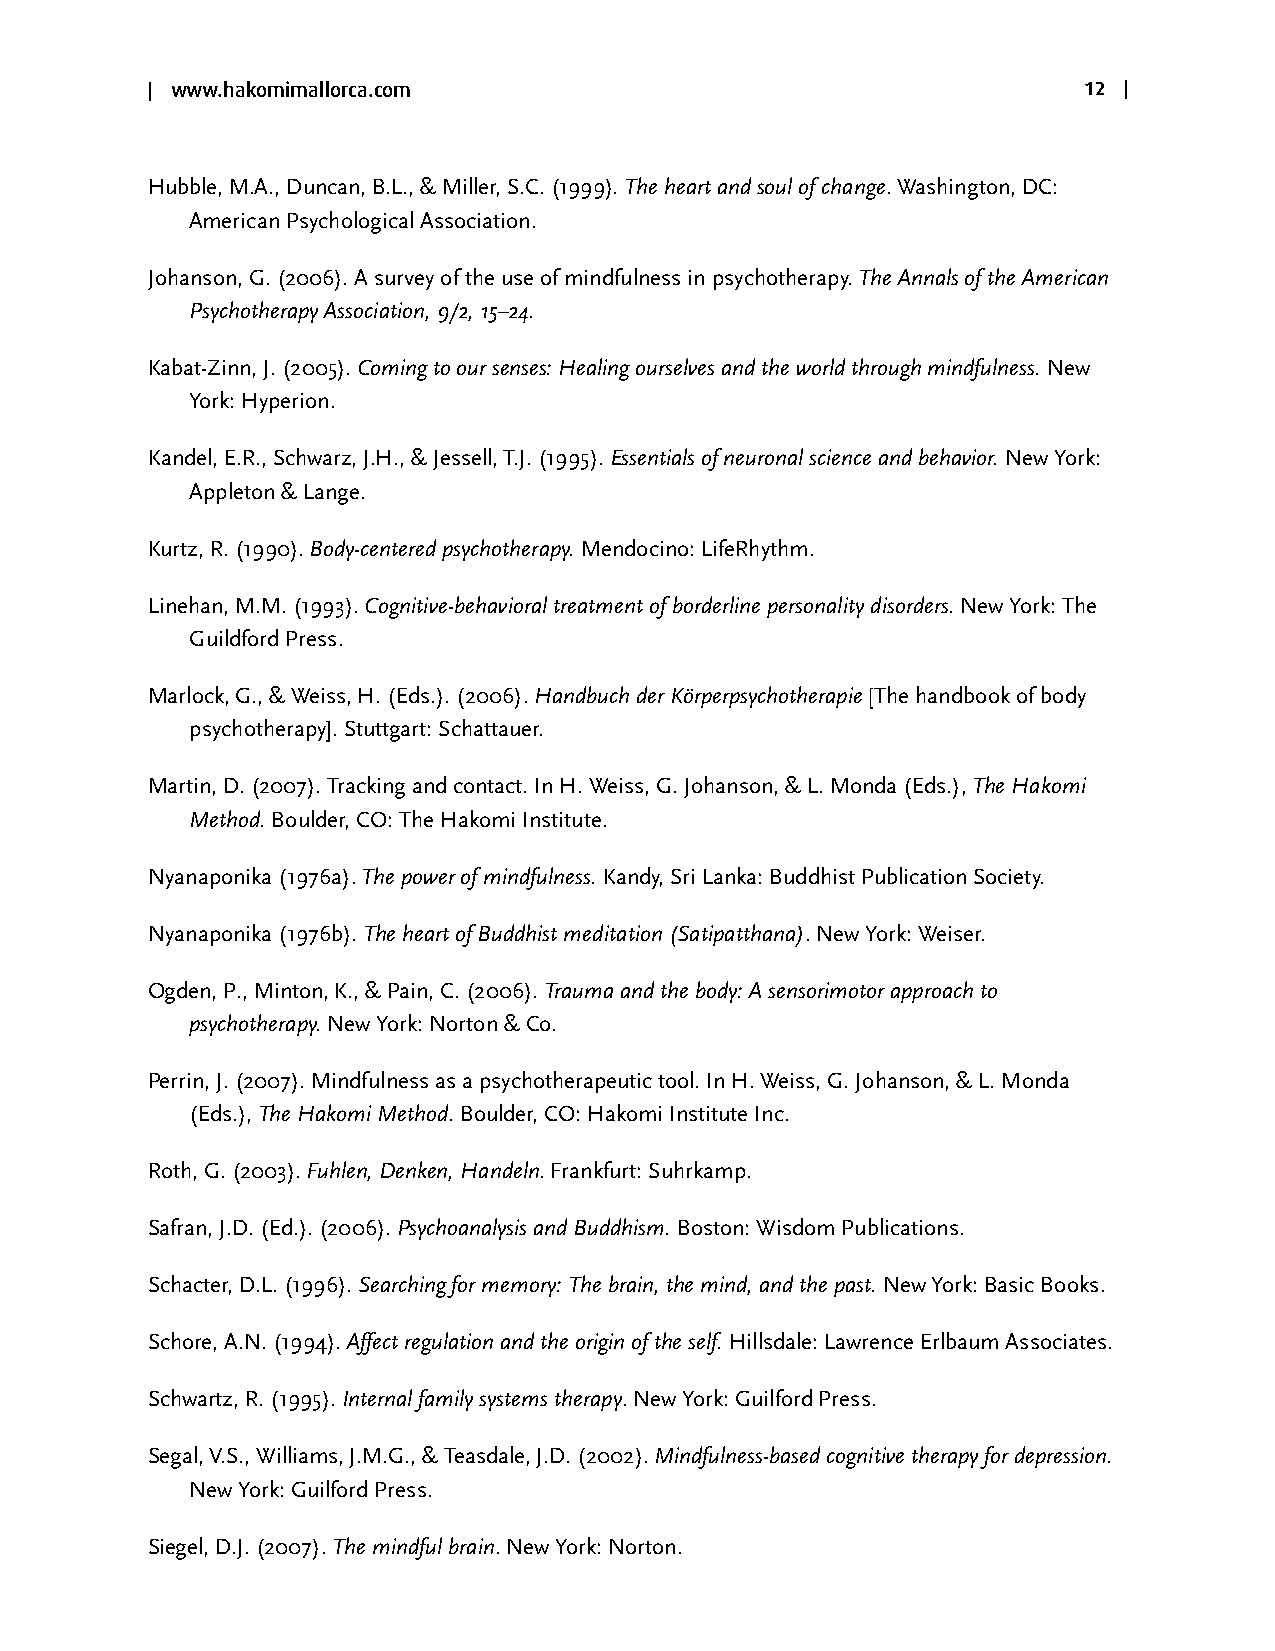
| www.hakomimallorca.com                                      12 |
 Hubble, M.A., Duncan, B.L., & Miller, S.C. (1999). The heart and soul of change. Washington, DC:
 American Psychological Association.
 Johanson, G. (2006). A survey of the use of mindfulness in psychotherapy. The Annals of the American
 Psychotherapy Association, 9/2, 15–24.
 Kabat-Zinn, J. (2005). Coming to our senses: Healing ourselves and the world through mindfulness. New
 York: Hyperion.
 Kandel, E.R., Schwarz, J.H., & Jessell, T.J. (1995). Essentials of neuronal science and behavior. New York:
 Appleton & Lange.
 Kurtz, R. (1990). Body-centered psychotherapy. Mendocino: LifeRhythm.
 Linehan, M.M. (1993). Cognitive-behavioral treatment of borderline personality disorders. New York: The
 Guildford Press.
 Marlock, G., & Weiss, H. (Eds.). (2006). Handbuch der Körperpsychotherapie [The handbook of body
 psychotherapy]. Stuttgart: Schattauer.
 Martin, D. (2007). Tracking and contact. In H. Weiss, G. Johanson, & L. Monda (Eds.), The Hakomi
 Method. Boulder, CO: The Hakomi Institute.
 Nyanaponika (1976a). The power of mindfulness. Kandy, Sri Lanka: Buddhist Publication Society.
 Nyanaponika (1976b). The heart of Buddhist meditation (Satipatthana). New York: Weiser.
 Ogden, P., Minton, K., & Pain, C. (2006). Trauma and the body: A sensorimotor approach to
 psychotherapy. New York: Norton & Co.
 Perrin, J. (2007). Mindfulness as a psychotherapeutic tool. In H. Weiss, G. Johanson, & L. Monda
 (Eds.), The Hakomi Method. Boulder, CO: Hakomi Institute Inc.
 Roth, G. (2003). Fuhlen, Denken, Handeln. Frankfurt: Suhrkamp.
 Safran, J.D. (Ed.). (2006). Psychoanalysis and Buddhism. Boston: Wisdom Publications.
 Schacter, D.L. (1996). Searching for memory: The brain, the mind, and the past. New York: Basic Books.
 Schore, A.N. (1994). Affect regulation and the origin of the self. Hillsdale: Lawrence Erlbaum Associates.
 Schwartz, R. (1995). Internal family systems therapy. New York: Guilford Press.
 Segal, V.S., Williams, J.M.G., & Teasdale, J.D. (2002). Mindfulness-based cognitive therapy for depression.
 New York: Guilford Press.
 Siegel, D.J. (2007). The mindful brain. New York: Norton.